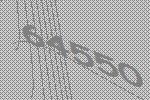
64550